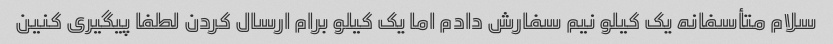
سلام متأسفانه یک کیلو نیم سفارش دادم اما یک کیلو برام ارسال کردن لطفا پیگیری کنین